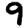
Digit: 9